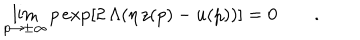
LaTeX: \lim _ { p \to \pm \infty } p \exp [ 2 \, \Lambda ( \eta \, z ( p ) - u ( p ) ) ] = 0 \qquad .